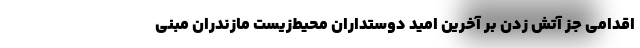
اقدامی جز آتش زدن بر آخرین امید دوستداران محیط‌زیست مازندران مبنی